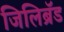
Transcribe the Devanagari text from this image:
जिलिब्रॅंड